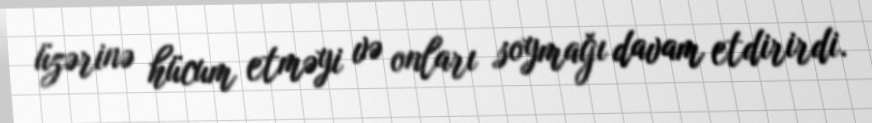
üzərinə hücum etməyi və onları soymağı davam etdirirdi.